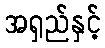
အရှည်နှင့်